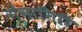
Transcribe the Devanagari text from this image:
गंगागिरि